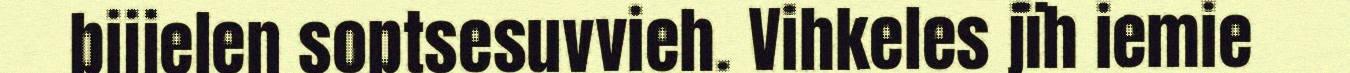
bijjelen soptsesuvvieh. Vihkeles jïh iemie